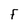
Character: F